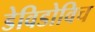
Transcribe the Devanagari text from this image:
डेविडोविच